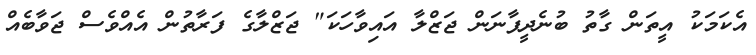
އެކަމަކު އީތަން ގާތު ބުނެދީފާނަން ޖަޒްލާ އައިވާހަކަ" ޖަޒްލާގެ ފަރާތުން އެއްވެސް ޖަވާބެއް